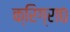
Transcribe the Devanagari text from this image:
क्रिग्रा०